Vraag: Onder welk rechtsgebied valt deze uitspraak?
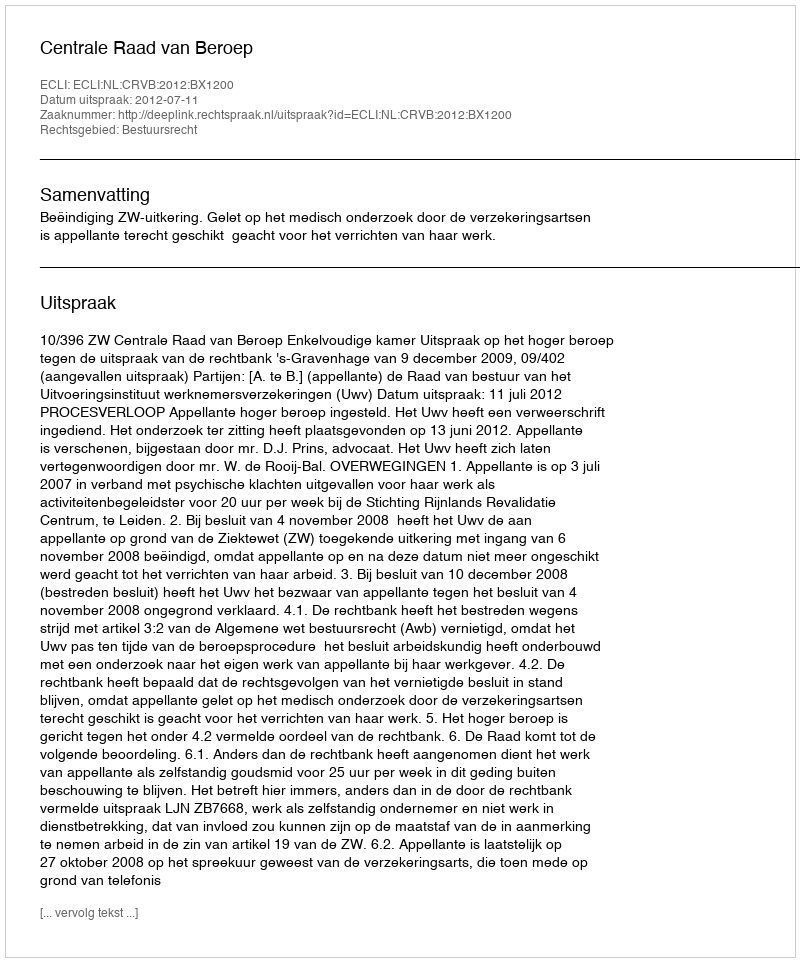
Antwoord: Bestuursrecht